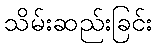
သိမ်းဆည်းခြင်း